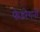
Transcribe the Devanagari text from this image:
फेडरेशनों